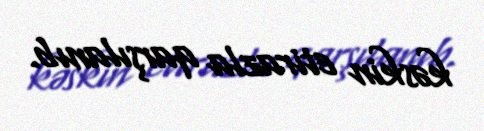
kəskin etirazla qarşılanıb.